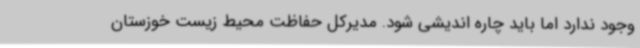
وجود ندارد اما باید چاره اندیشی شود. مدیرکل حفاظت محیط زیست خوزستان